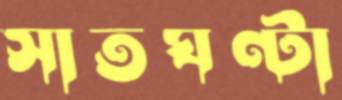
সাতঘণ্টা